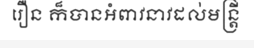
រឿន ក៏បានអំពាវនាវដល់មន្ត្រី